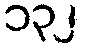
၁၃၂